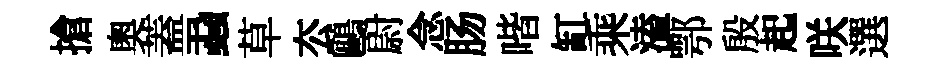
搶奧蓋蝨草厺鷗尉念肠喈缸乘溘鄂殷起咲選